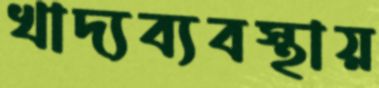
খাদ্যব্যবস্থায়